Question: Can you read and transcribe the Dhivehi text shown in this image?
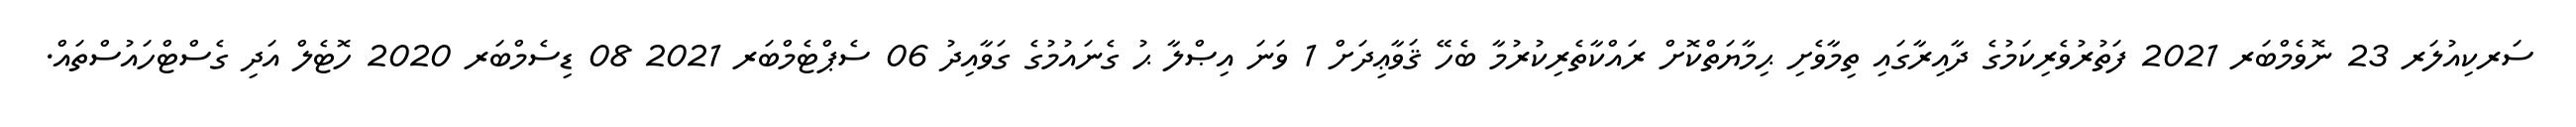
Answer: ސަރކިއުލަރ 23 ނޮވެމްބަރ 2021 ފަތުރުވެރިކަމުގެ ދާއިރާގައި ތިމާވެށި ޙިމާޔަތްކޮށް ރައްކާތެރިކުރުމާ ބެހޭ ޤަވާޢިދަށް 1 ވަނަ އިޞްލާ ޙު ގެނައުމުގެ ގަވާއިދު 06 ސެޕްޓެމްބަރ 2021 08 ޑިސެމްބަރ 2020 ހޮޓެލް އަދި ގެސްޓްހައުސްތައް.